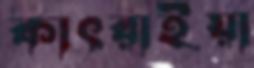
কাৎরাইয়া